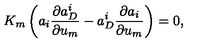
K _ { m } \left( a _ { i } \frac { \partial a _ { D } ^ { i } } { \partial u _ { m } } - a _ { D } ^ { i } \frac { \partial a _ { i } } { \partial u _ { m } } \right) = 0 ,